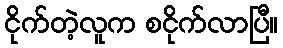
ငိုက်တဲ့လူက စငိုက်လာပြီ။